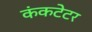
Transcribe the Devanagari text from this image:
कंकटेटर